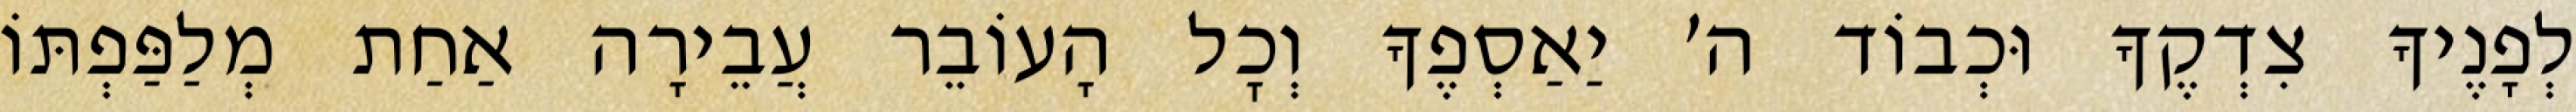
לְפָנֶיךָ צִדְקֶךָ וּכְבוֹד ה׳ יַאַסְפֶךָ וְכׇל הָעוֹבֵר עֲבֵירָה אַחַת מְלַפַּפְתּוֹ